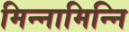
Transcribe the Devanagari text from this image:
मिन्नामिन्नि